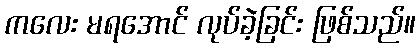
ကလေး မရအောင် လုပ်ခဲ့ခြင်း ဖြစ်သည်။